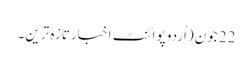
22 جون(اُردو پوائنٹ اخبارتازہ ترین۔